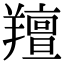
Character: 羶